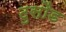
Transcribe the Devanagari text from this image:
टुसौड